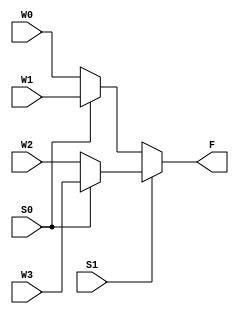
`timescale 1ns / 1ps
//////////////////////////////////////////////////////////////////////////////////
//  
// Made by: Ali Nowrouzi and Ahmad Foroughi 
// 
//////////////////////////////////////////////////////////////////////////////////
module Multii_Plaxer( input S1,S0, W0,W1,W2,W3, output F
    );
		assign F = S1 ? (S0 ? W3 : W2) : (S0 ? W1 : W0);

endmodule